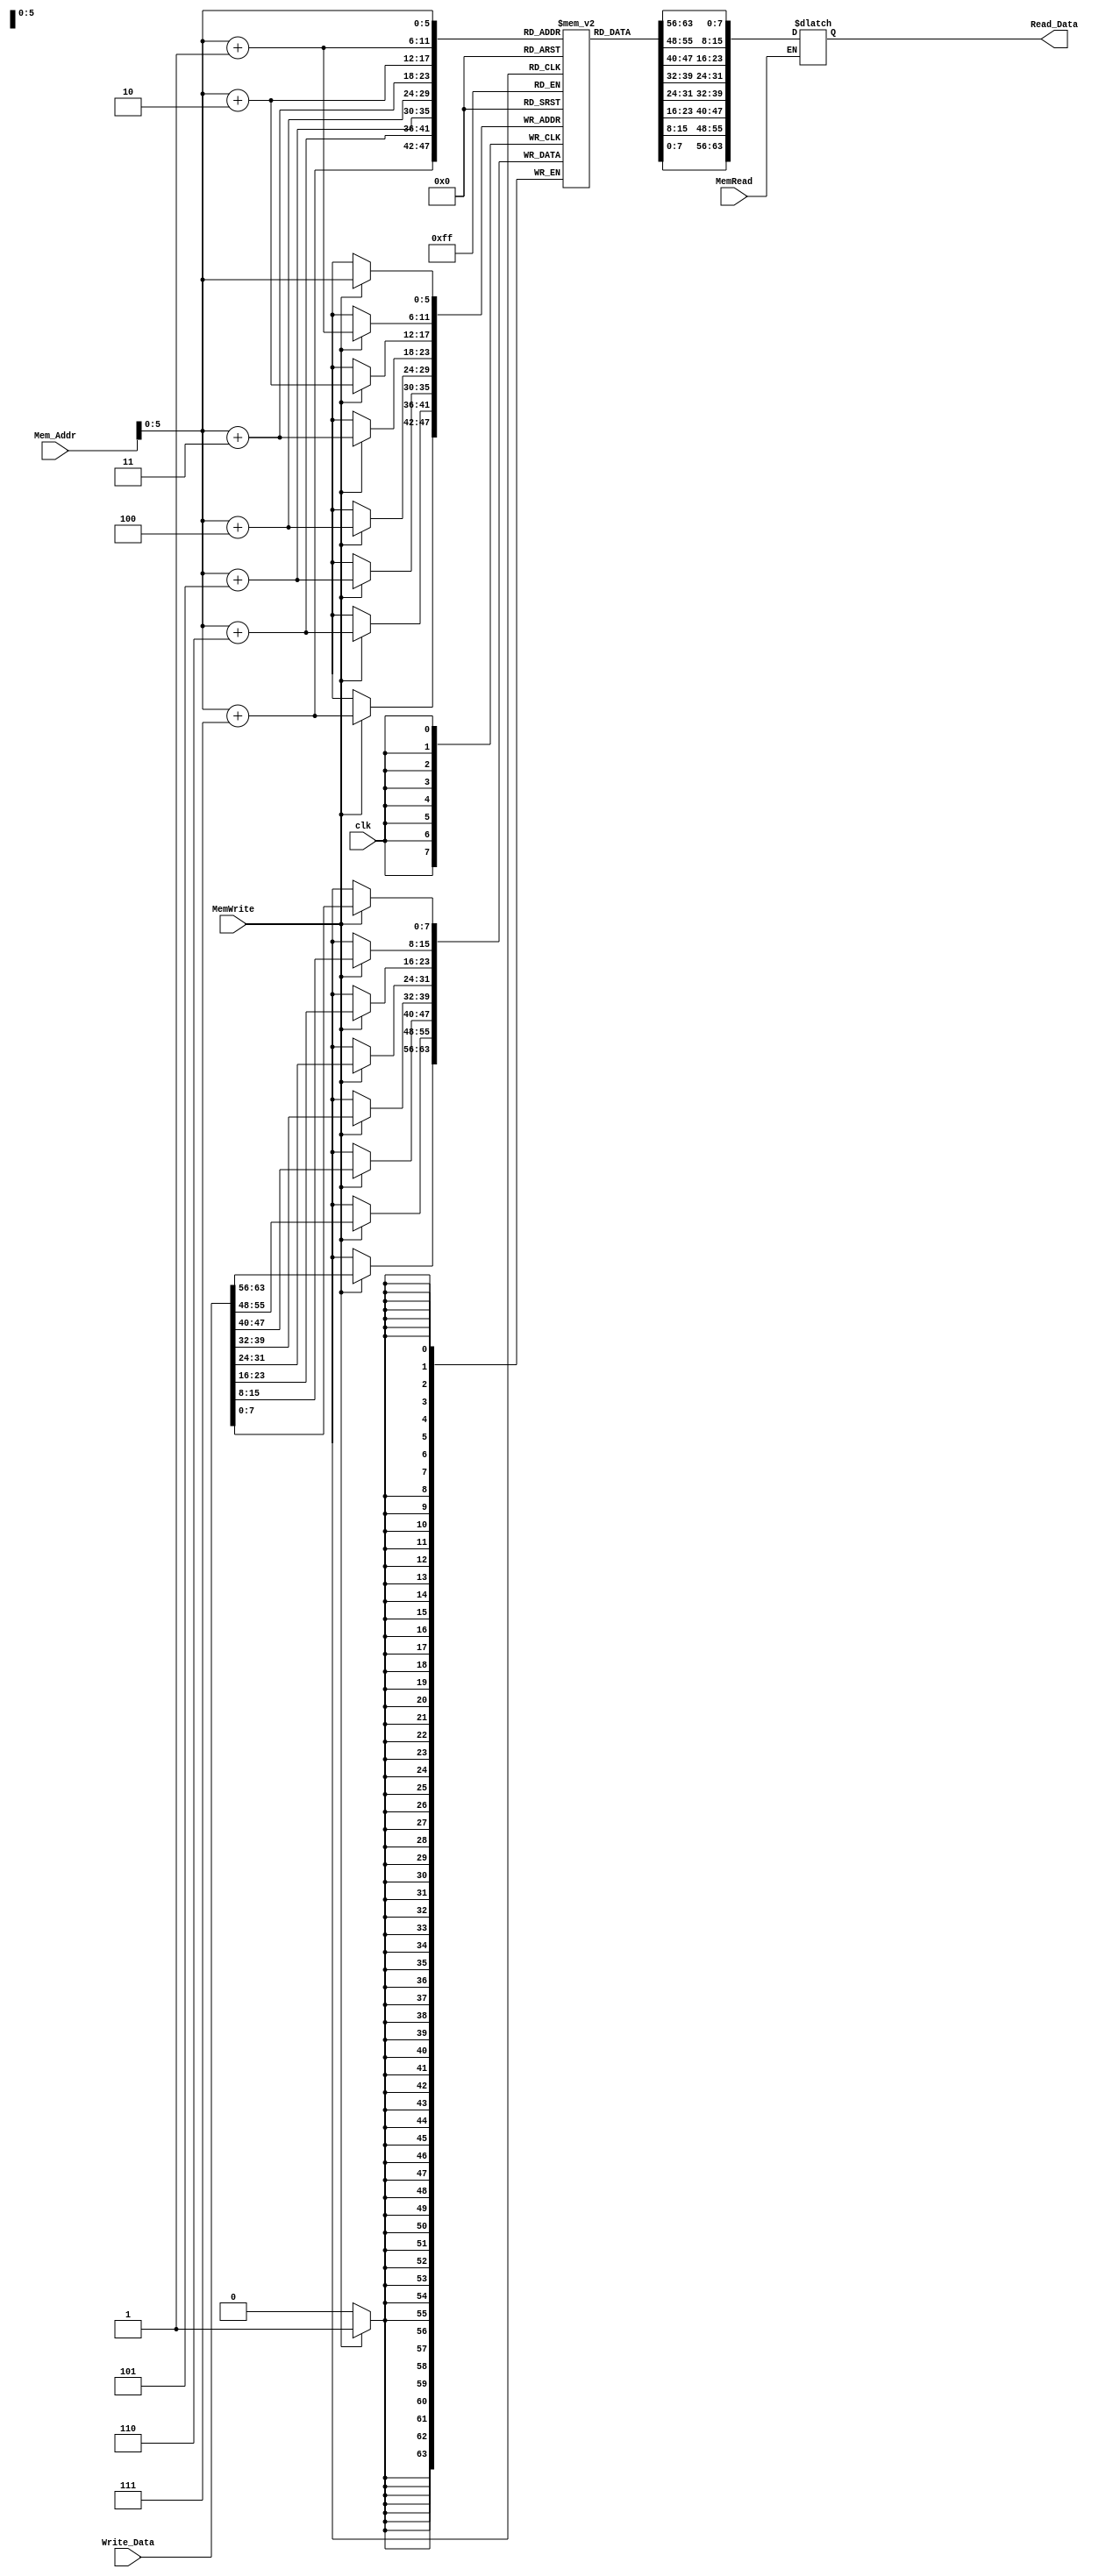
`timescale 1ns / 1ps

module Data_Memory(
    input [63:0] Mem_Addr,
    input [63:0] Write_Data,
    input clk,
    input MemWrite,
    input MemRead,
    output reg [63:0] Read_Data
    );
    reg [7:0] Memory [63:0];
    integer counter;
    initial begin
        for (counter = 0; counter < 64; counter = counter + 1)
            begin
                Memory[counter] = 0;
            end
    end
    
always @(posedge clk)
begin
    if (MemWrite)
    begin
        Memory[Mem_Addr] <= Write_Data[7:0];
        Memory[Mem_Addr+1] <= Write_Data[15:8];
        Memory[Mem_Addr+2] <= Write_Data[23:16];
        Memory[Mem_Addr+3] <= Write_Data[31:24];
        Memory[Mem_Addr+4] <= Write_Data[39:32];
        Memory[Mem_Addr+5] <= Write_Data[47:40];
        Memory[Mem_Addr+6] <= Write_Data[55:48];
        Memory[Mem_Addr+7] <= Write_Data[63:56];
        
    end
end

always @*
begin
    if (MemRead)
        begin
                Read_Data[7:0] <= Memory[Mem_Addr+7];
                Read_Data[15:8] <= Memory[Mem_Addr+6];
                Read_Data[23:16] <= Memory[Mem_Addr+5];
                Read_Data[31:24] <= Memory[Mem_Addr+4];
                Read_Data[39:32] <= Memory[Mem_Addr+3];
                Read_Data[47:40] <= Memory[Mem_Addr+2];
                Read_Data[55:48] <= Memory[Mem_Addr+1];
                Read_Data[63:56] <= Memory[Mem_Addr];
                
        end
end
endmodule